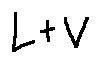
L + V